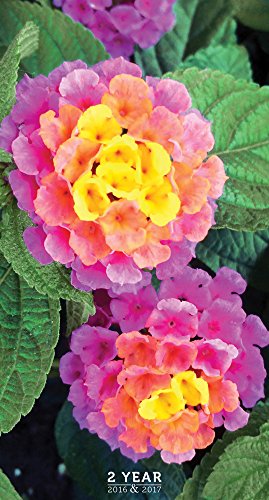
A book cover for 2016-2017 Flowers 2 Year Pocket Calendar; TF Publishing; Calendars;